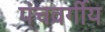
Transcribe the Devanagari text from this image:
पंचवर्गीय